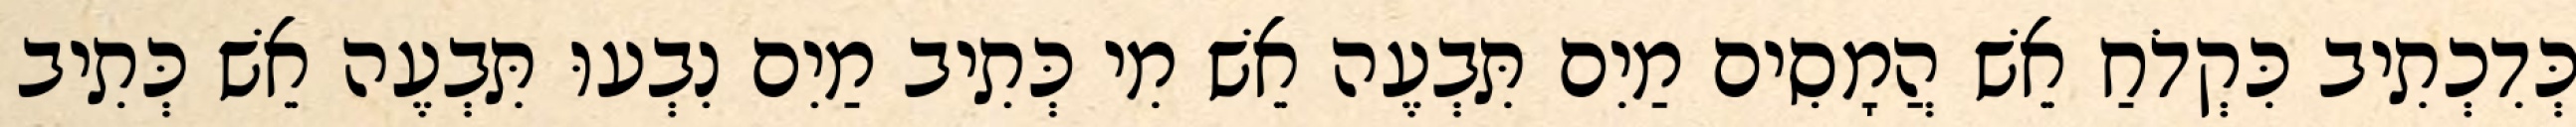
כְּדִכְתִיב כִּקְדֹחַ אֵשׁ הֲמָסִים מַיִם תִּבְעֶה אֵשׁ מִי כְּתִיב מַיִם נִבְעוּ תִּבְעֶה אֵשׁ כְּתִיב